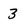
Character: 3